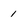
Character: 1